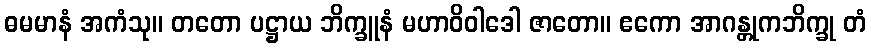
ဓမမာနံ အကံသု။ တတော ပဋ္ဌာယ ဘိက္ခူနံ မဟာဝိဝါဒေါ ဇာတော။ ဧကော အာဂန္တုကဘိက္ခု တံ